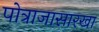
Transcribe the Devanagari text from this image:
पोत्राजासारखा